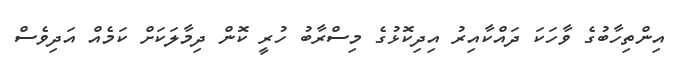
އިންތިހާބުގެ ވާހަކަ ދައްކާއިރު އިދިކޮޅުގެ މިސްރާބު ހުރީ ކޮން ދިމާލަކަށް ކަމެއް އަދިވެސް